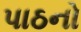
પાઠનો